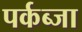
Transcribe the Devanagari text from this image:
पर्कब्जा